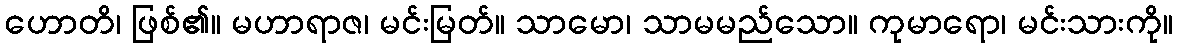
ဟောတိ၊ ဖြစ်၏။ မဟာရာဇ၊ မင်းမြတ်။ သာမော၊ သာမမည်သော။ ကုမာရော၊ မင်းသားကို။